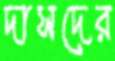
দাসদের